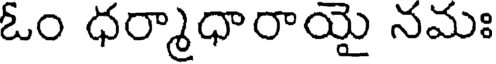
ఓం ధర్మాధారాయై నమః